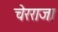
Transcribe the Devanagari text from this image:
चेरराजा